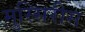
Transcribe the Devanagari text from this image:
मुस्सिरीस